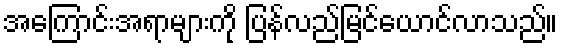
အကြောင်းအရာများကို ပြန်လည်မြင်ယောင်လာသည်။